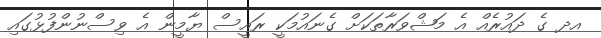
އދ ގެ ދައުރެއް އެ މަޝްވަރާތަކަށް ގެނައުމަކީ ރައީސް ޔާމީން އެ ވިސްނުންފުޅުގައި